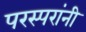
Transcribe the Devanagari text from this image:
परस्परांनी